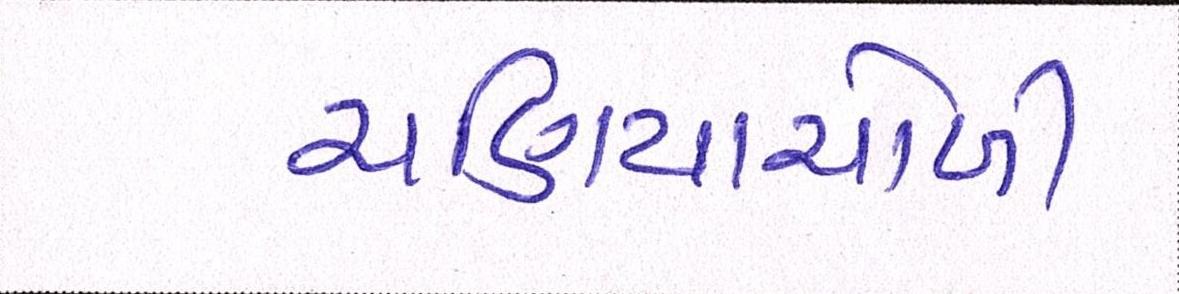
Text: ચણિયાચોળી